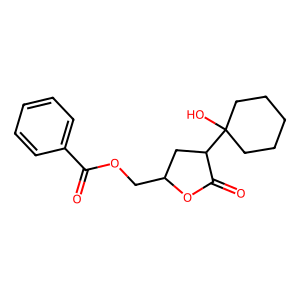
SMILES: O=C(OCC1CC(C2(O)CCCCC2)C(=O)O1)c1ccccc1
Inhibits HIV replication: No